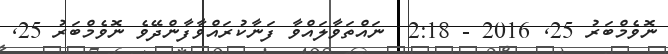
ނޮވެމްބަރު 25